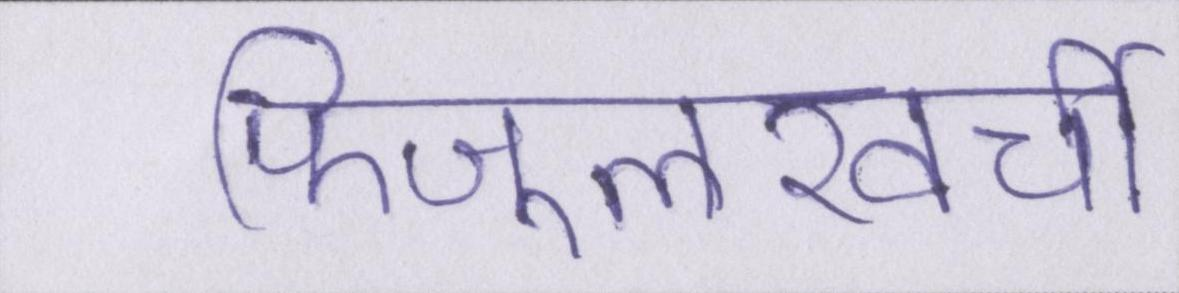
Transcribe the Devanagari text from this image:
फिजूलखर्ची